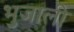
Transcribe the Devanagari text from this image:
भुजाली